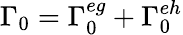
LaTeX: \Gamma_{0}=\Gamma_{0}^{eg}+\Gamma_{0}^{eh}